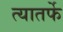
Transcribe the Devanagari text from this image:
त्यातर्फे